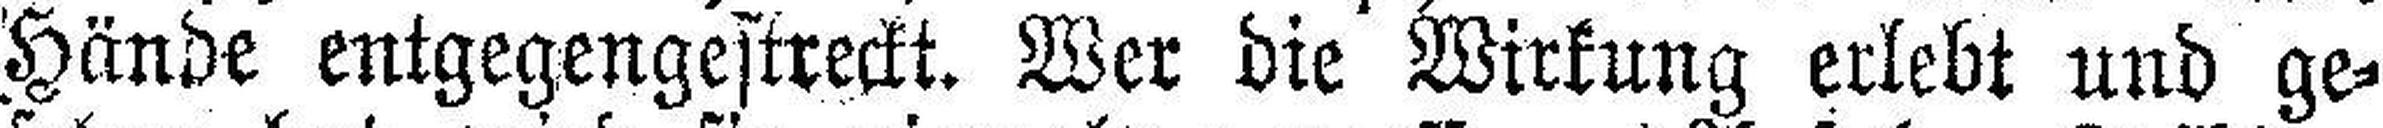
Hände entgegengestreckt. Wer die Wirkung erlebt und ge¬